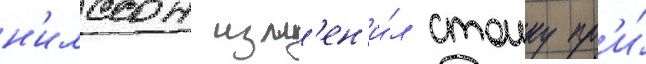
н'илссон изм'ен'и́л стоику пр'и́